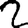
Digit: 2